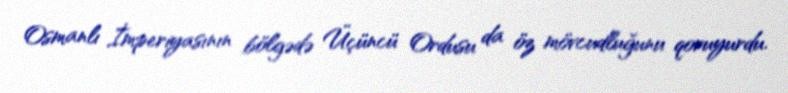
Osmanlı İmperiyasının bölgədə Üçüncü Ordusu da öz mövcudluğunu qoruyurdu.